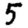
Digit: 5